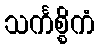
သင်္ကစ္စိကံ